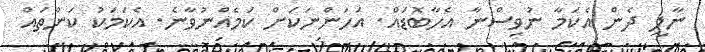
ނާލީ ދެން އެކަމާ ނުވިސްނާ އެހާބޮޑައް. އަހަންނަކަށް ކަމެއްނުވާނެ. އެކަމަކު ކަންތައް